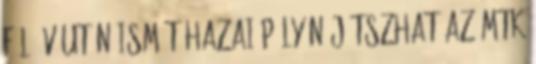
fél év után ismét hazai pályán játszhat az MTK